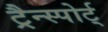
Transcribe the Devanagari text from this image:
ट्रैन्स्पोर्ट्